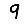
Digit: 9